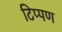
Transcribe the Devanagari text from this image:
टिप्‍पण